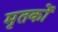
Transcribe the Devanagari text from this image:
मृतकोें